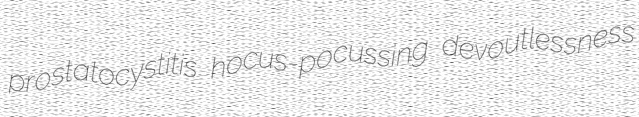
prostatocystitis hocus-pocussing devoutlessness